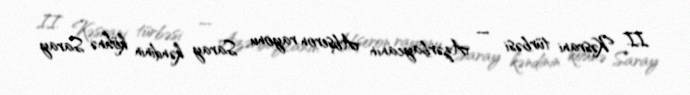
II Kəsrani türbəsi — Azərbaycanın Abşeron rayonu Saray kəndinin köhnə Saray